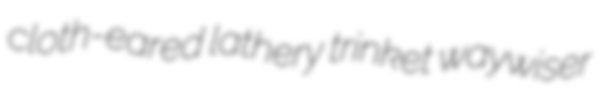
cloth-eared lathery trinket waywiser